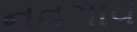
નવગાવ